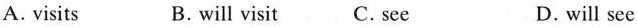
A.visits B.will visit C.see D.will see